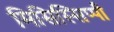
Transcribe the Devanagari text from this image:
मिसिस्सिप्पी